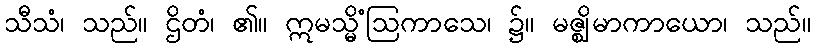
သီသံ၊ သည်။ ဌိတံ၊ ၏။ ဣမသ္မိံဩကာသေ၊ ၌။ မဇ္ဈိမာကာယော၊ သည်။